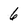
Character: 6